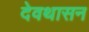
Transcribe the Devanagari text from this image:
देवथासन